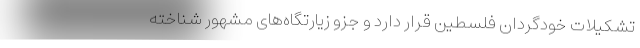
تشکیلات خودگردان فلسطین قرار دارد و جزو زیارتگاه‌های مشهور شناخته